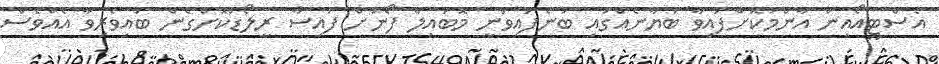
އެސްޓީއޯއިން އާންމުކޮށްފައިވާ ބަޔާނެއްގައި ބުނެފައިވަނީ މޮބައިލް ފޯނަށް ފައިސާ ރީލޯޑްކޮށްގެން ބައިވެރިވާ އެއްވެސް